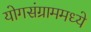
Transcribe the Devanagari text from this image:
योगसंग्राममध्ये